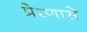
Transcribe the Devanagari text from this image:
प्रेरणासे